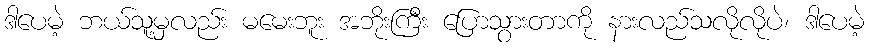
ဒါပေမဲ့ ဘယ်သူ့မှလည်း မမေးဘူး အဘိုးကြီး ပြောသွားတာကို နားလည်သလိုလိုပဲ၊ ဒါပေမဲ့